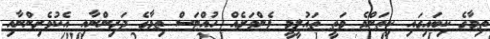
ތިމާގެ ކިބައިގައި ކިތަންމެ މަތީ ތައުލީމީ ފެންވަރެއް ހުއްޓަސް ތިމާގެ ދަރިންނާއި އެކުވެރިންނާއި